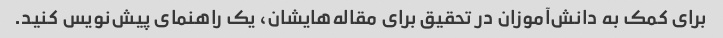
برای کمک به دانش‌آموزان در تحقیق برای مقاله‌هایشان، یک راهنمای پیش‌نویس کنید.